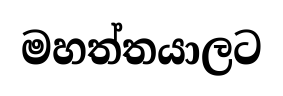
මහත්තයාලට